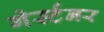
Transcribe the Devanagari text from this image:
गेर्स्टनर